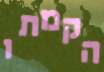
הקמתו